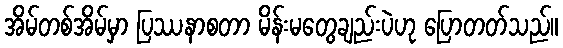
အိမ်တစ်အိမ်မှာ ပြဿနာစတာ မိန်းမတွေချည်းပဲဟု ပြောတတ်သည်။